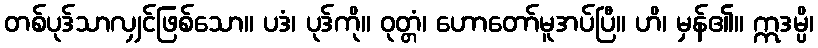
တစ်ပုဒ်သာလျှင်ဖြစ်သော။ ပဒံ၊ ပုဒ်ကို။ ဝုတ္တံ၊ ဟောတော်မူအပ်ပြီ။ ဟိ၊ မှန်၏။ ဣဒမ္ပိ၊